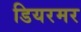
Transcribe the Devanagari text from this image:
डियरमर